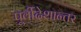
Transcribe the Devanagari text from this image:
पूर्वीदेशान्तर